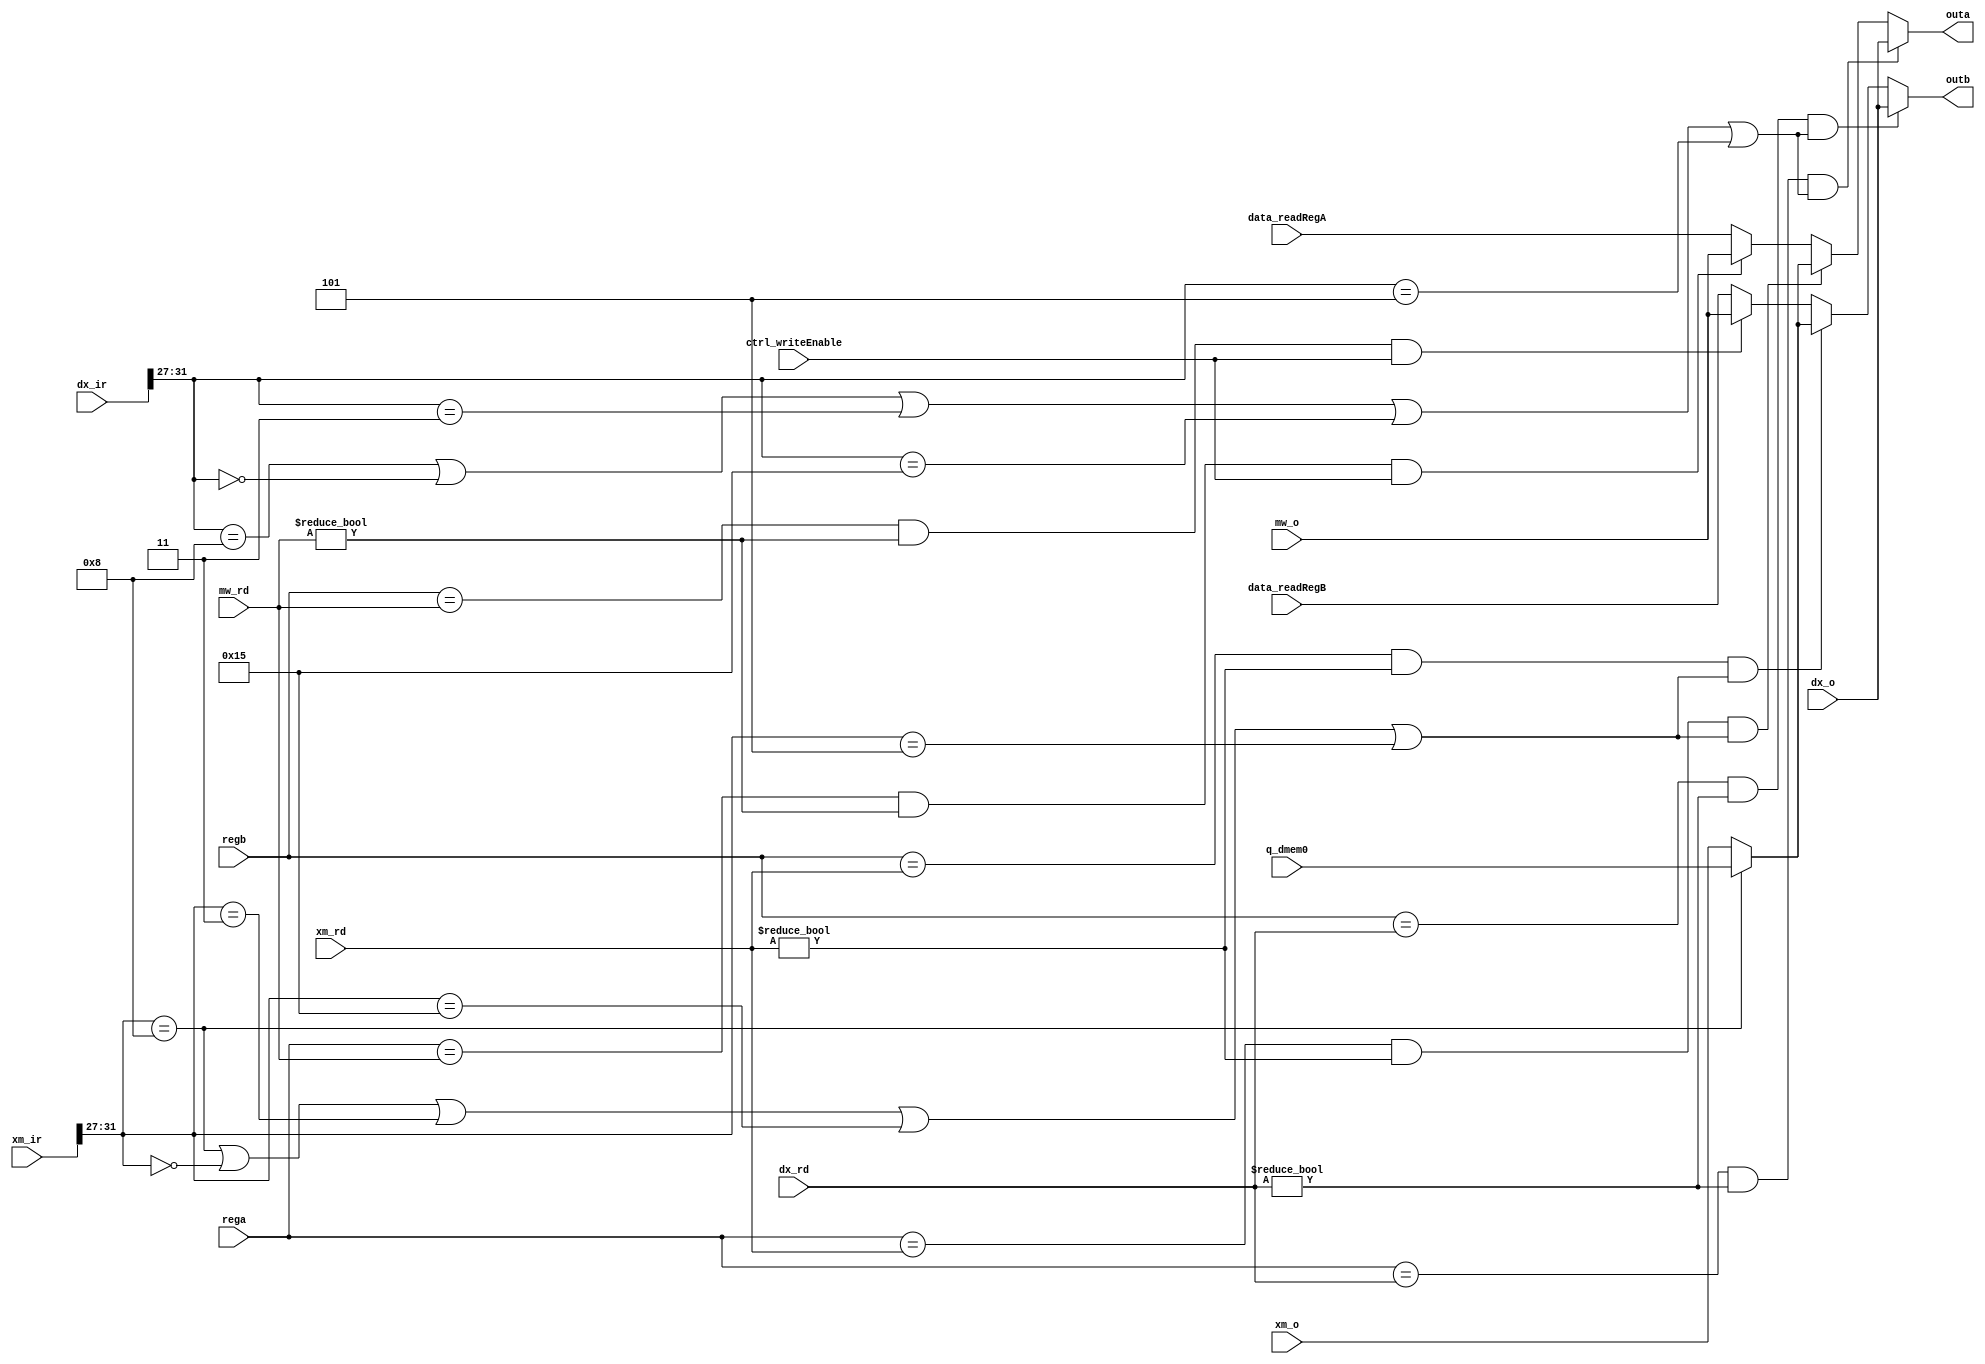
module fastbranch_bypass(outa, outb, rega, regb, data_readRegA, data_readRegB, dx_ir, xm_ir, dx_rd, xm_rd, mw_rd, dx_o, xm_o, mw_o, q_dmem0, ctrl_writeEnable);
    input[31:0] dx_ir, xm_ir, data_readRegA, data_readRegB, dx_o, xm_o, mw_o, q_dmem0;
    input [4:0] dx_rd, xm_rd, mw_rd, rega, regb;
    input ctrl_writeEnable;
    output [31:0] outa, outb;

    //already know ra and rb, calculated in same cycle so i dont have to repeat
    // TO DO: check execute rd, execute write enable, execute rd
    



    wire [4:0] dx_opcode, xm_opcode;

    assign dx_opcode = dx_ir[31:27];
    assign xm_opcode = xm_ir[31:27];


    wire xm_ctrl_writeEnable, dx_ctrl_writeEnable;
    assign xm_ctrl_writeEnable = (xm_opcode == 5'b01000) | (xm_opcode == 5'b00000) | (xm_opcode == 5'b00011)| | (xm_opcode == 5'b10101) | (xm_opcode == 5'b00101);
    assign dx_ctrl_writeEnable = (dx_opcode == 5'b01000) | (dx_opcode == 5'b00000) | (dx_opcode == 5'b00011)| | (dx_opcode == 5'b10101) | (dx_opcode == 5'b00101);
    // writeback_islw | writeback_isALUOp | writeback_isJAL | writeback_isSetx | is addi;
    //to do: and write enable for sel from xm

    wire[31:0] memory_bypass; //memory bypass: read d from memory if load word, otherwise read o
    wire[4:0] xm_lw;
    assign xm_lw = xm_opcode == 5'b01000;
    assign memory_bypass = xm_lw ? q_dmem0 : xm_o;

    wire[31:0] aw, am, ax;
    // if (rs = mwrd && mwrd != 0) bypass from writeback
    assign  aw = (rega == mw_rd & mw_rd != 5'd0 & ctrl_writeEnable) ? mw_o : data_readRegA;
    // if (rs = xmrd && xmrd != 0) bypass from memory
    assign am = (rega == xm_rd & xm_rd != 5'd0 & xm_ctrl_writeEnable) ? memory_bypass : aw;
    // if (rs = dxrd && dxrd != 0) bypass from execute
    assign outa = (rega == dx_rd & dx_rd != 5'd0 & dx_ctrl_writeEnable) ? dx_o : am;


    wire[31:0] bw, bm, bx;
    // if (rs = mwrd && mwrd != 0) bypass from writeback
    assign  bw = (regb == mw_rd & mw_rd != 5'd0 & ctrl_writeEnable) ? mw_o : data_readRegB;
    // if (rs = xmrd && xmrd != 0) bypass from memory
    assign bm = (regb == xm_rd & xm_rd != 5'd0 & xm_ctrl_writeEnable) ? memory_bypass : bw;
    // if (rs = dxrd && dxrd != 0) bypass from execute
    assign outb = (regb == dx_rd & dx_rd != 5'd0 & dx_ctrl_writeEnable) ? dx_o : bm;

endmodule